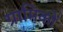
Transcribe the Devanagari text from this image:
ग्रामिकों